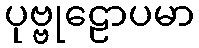
ပုဗ္ဗုဠောပမာ